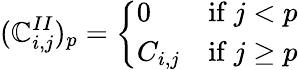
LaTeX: (\mathbb{C}_{i,j}^{II})_{p}={\left\{ \begin{array}{ll}{0}&{{\mathrm{if~}}j<p}\\ {C_{i,j}}&{{\mathrm{if~}}j\geq p}\end{array}\right.}